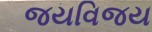
જયવિજય